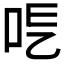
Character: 𠰆